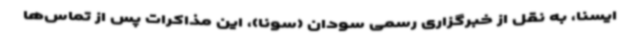
ایسنا، به نقل از خبرگزاری رسمی سودان (سونا)، این مذاکرات پس از تماس‌ها